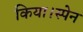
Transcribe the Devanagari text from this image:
किया।स्पेन